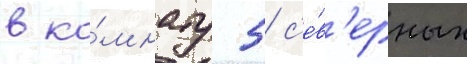
в ко́мнату 5 с'е́в'ерных